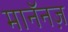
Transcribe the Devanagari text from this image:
मानॅनज़